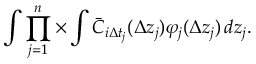
\int \prod _ { j = 1 } ^ { n } \times \int \bar { C } _ { i \Delta t _ { j } } ( \Delta z _ { j } ) \varphi _ { j } ( \Delta z _ { j } ) \mathop { } \! { d { z _ { j } } } .